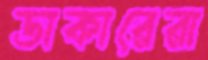
ডাকারেরা